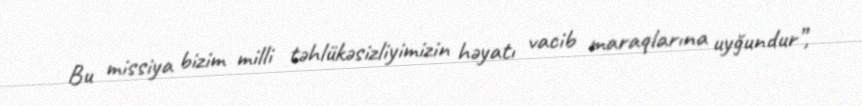
Bu missiya bizim milli təhlükəsizliyimizin həyatı vacib maraqlarına uyğundur”,